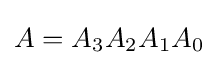
A=A_{3}A_{2}A_{1}A_{0}